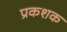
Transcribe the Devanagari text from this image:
प्रकशक